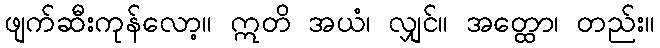
ဖျက်ဆီးကုန်လော့။ ဣတိ အယံ၊ လျှင်။ အတ္ထော၊ တည်း။